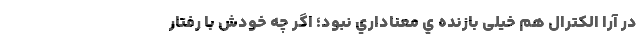
در آرا الكترال هم خیلی بازنده ي معناداري نبود؛ اگر چه خودش با رفتار